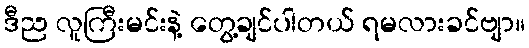
ဒီည လူကြီးမင်းနဲ့ တွေ့ချင်ပါတယ် ရမလားခင်ဗျာ။